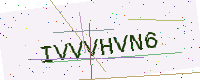
Text: IVVVHVN6